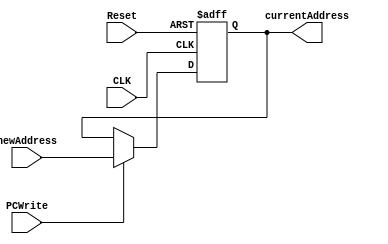
`timescale 1ns / 1ps
//////////////////////////////////////////////////////////////////////////////////
// Company: 
// Engineer: 
// 
// Design Name: 
// Module Name:    ProgramCounter 
// Project Name: 
// Target Devices: 
// Tool versions: 
// Description: 
//
// Dependencies: 
//
// Revision: 
// Revision 0.01 - File Created
// Additional Comments: 
//
//////////////////////////////////////////////////////////////////////////////////
module ProgramCounter(
    input CLK,
    input Reset,
    input PCWrite,
    input [32:1] newAddress,
    output reg[32:1] currentAddress
    );

    initial begin
        currentAddress <= 0;
    end

    always @(posedge CLK or posedge Reset)
        begin
            if(Reset==1)currentAddress <= 1;
            else begin
                if(PCWrite==0)    currentAddress <= currentAddress;
                else begin 
                    currentAddress <= newAddress;
                end
            end
        end

endmodule